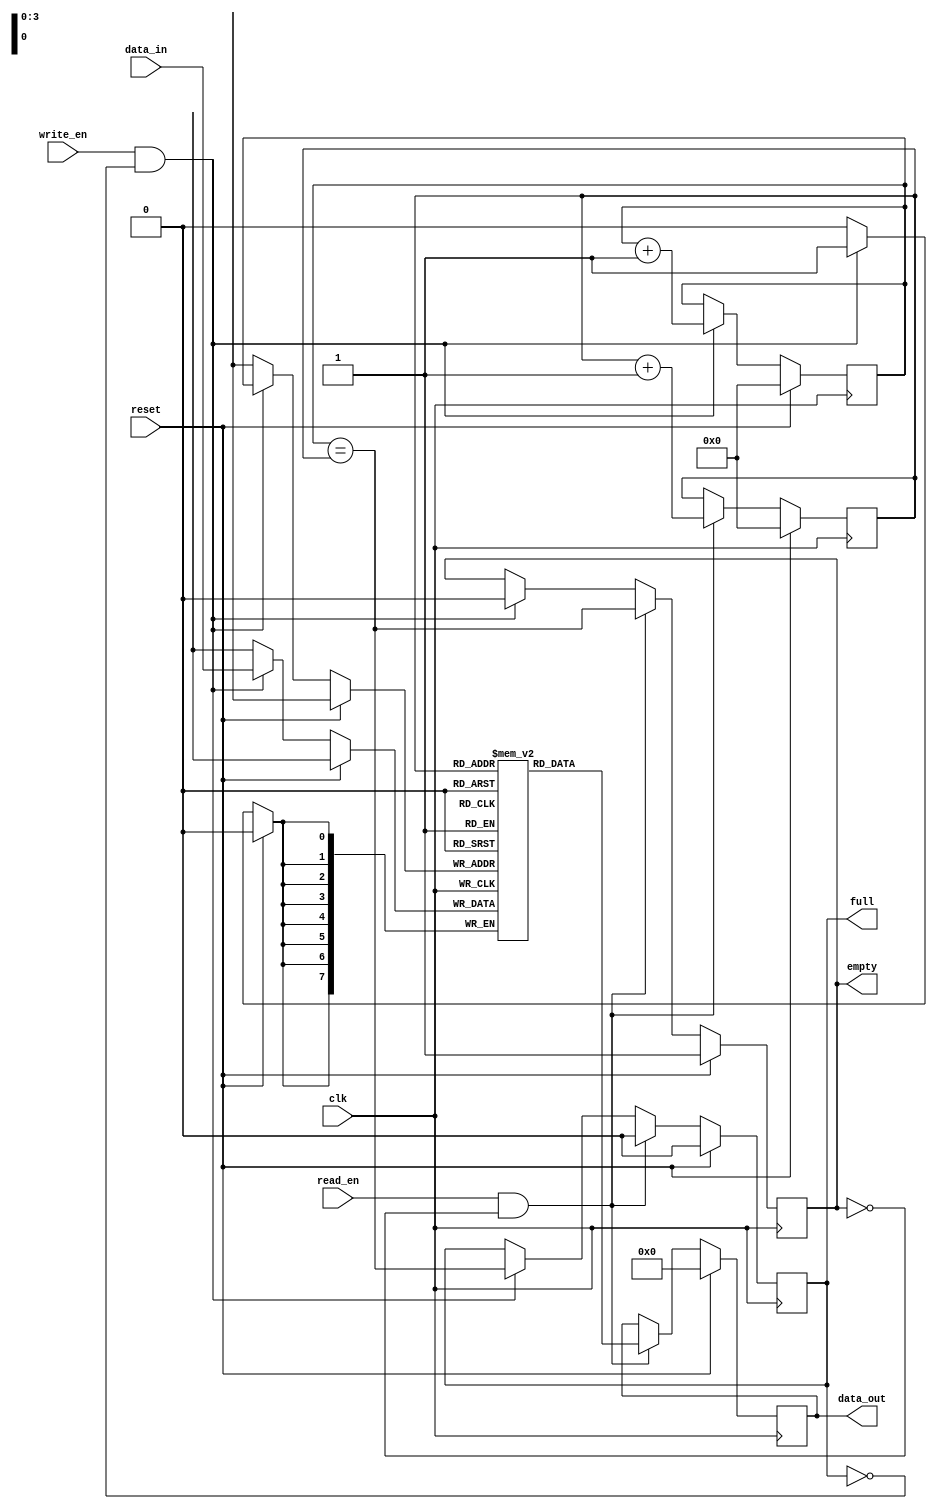
module fifo (
    input wire clk,
    input wire reset,
    input wire write_en,
    input wire read_en,
    input wire [7:0] data_in,
    output reg [7:0] data_out,
    output reg full,
    output reg empty
);

reg [7:0] memory [0:15]; // FIFO memory with 16 8-bit locations
reg [3:0] write_ptr, read_ptr;

always @(posedge clk) begin
    if (reset) begin
        write_ptr <= 0;
        read_ptr <= 0;
        data_out <= 0;
        full <= 0;
        empty <= 1;
    end else begin
        if (write_en && !full) begin
            memory[write_ptr] <= data_in;
            write_ptr <= write_ptr + 1;
            full <= (write_ptr == read_ptr);
            empty <= 0;
        end
        
        if (read_en && !empty) begin
            data_out <= memory[read_ptr];
            read_ptr <= read_ptr + 1;
            full <= 0;
            empty <= (write_ptr == read_ptr);
        end
    end
end

endmodule